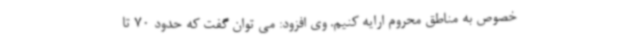
خصوص به مناطق محروم ارایه کنیم. وی افزود: می توان گفت که حدود 70 تا